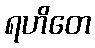
ရဟိတေ